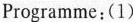
Programme:(1)